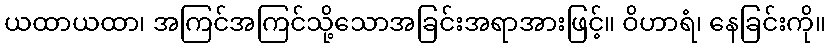
ယထာယထာ၊ အကြင်အကြင်သို့သောအခြင်းအရာအားဖြင့်။ ဝိဟာရံ၊ နေခြင်းကို။